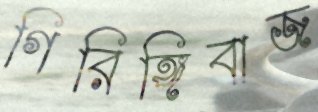
গিরিঙ্গিবাজ